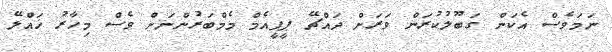
ނަމަވެސް އެކަން ގަބޫލުކުރަން ވަރަށް ދައްޗޭ ޕީޕީއެމް މެމްބަރުންނަށް ވެސް މިހާރު ޚައްލޭ